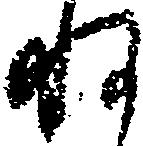
ね